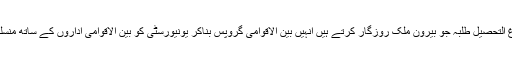
جامعات سے فارغ التحصیل طلبہ جو بیرون ملک روزگار کرتے ہیں انہیں بین الاقوامی گروپس بناکر یونیورسٹی کو بین الاقوامی اداروں کے ساتھ منسلک کر سکتے ہیں۔